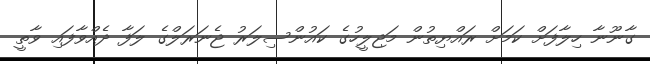
ގާނޫނާ ހިލާފަށް ކަމަށް ރައްޔިތުން މަޖިލީހުގެ ކައުންސިލަރު ޖެނަރަލްގެ ލަފާ ދެއްވާފައި ވާތީ